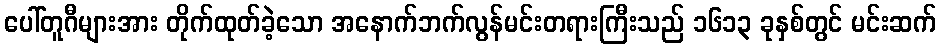
ပေါ်တူဂီများအား တိုက်ထုတ်ခဲ့သော အနောက်ဘက်လွန်မင်းတရားကြီးသည် ၁၆၁၃ ခုနှစ်တွင် မင်းဆက်